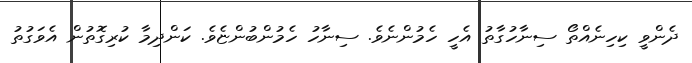
ދެންވީ ކިހިނެއްތޯ ސިނާހުގާތު އެހީ ހެމުންނެވެ. ސިނާހު ހެމުންބުންޏެވެ. ކަންދިމާ ކުރިގޮތުން އެވަގުތު